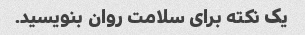
یک نکته برای سلامت روان بنویسید.